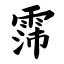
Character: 霈